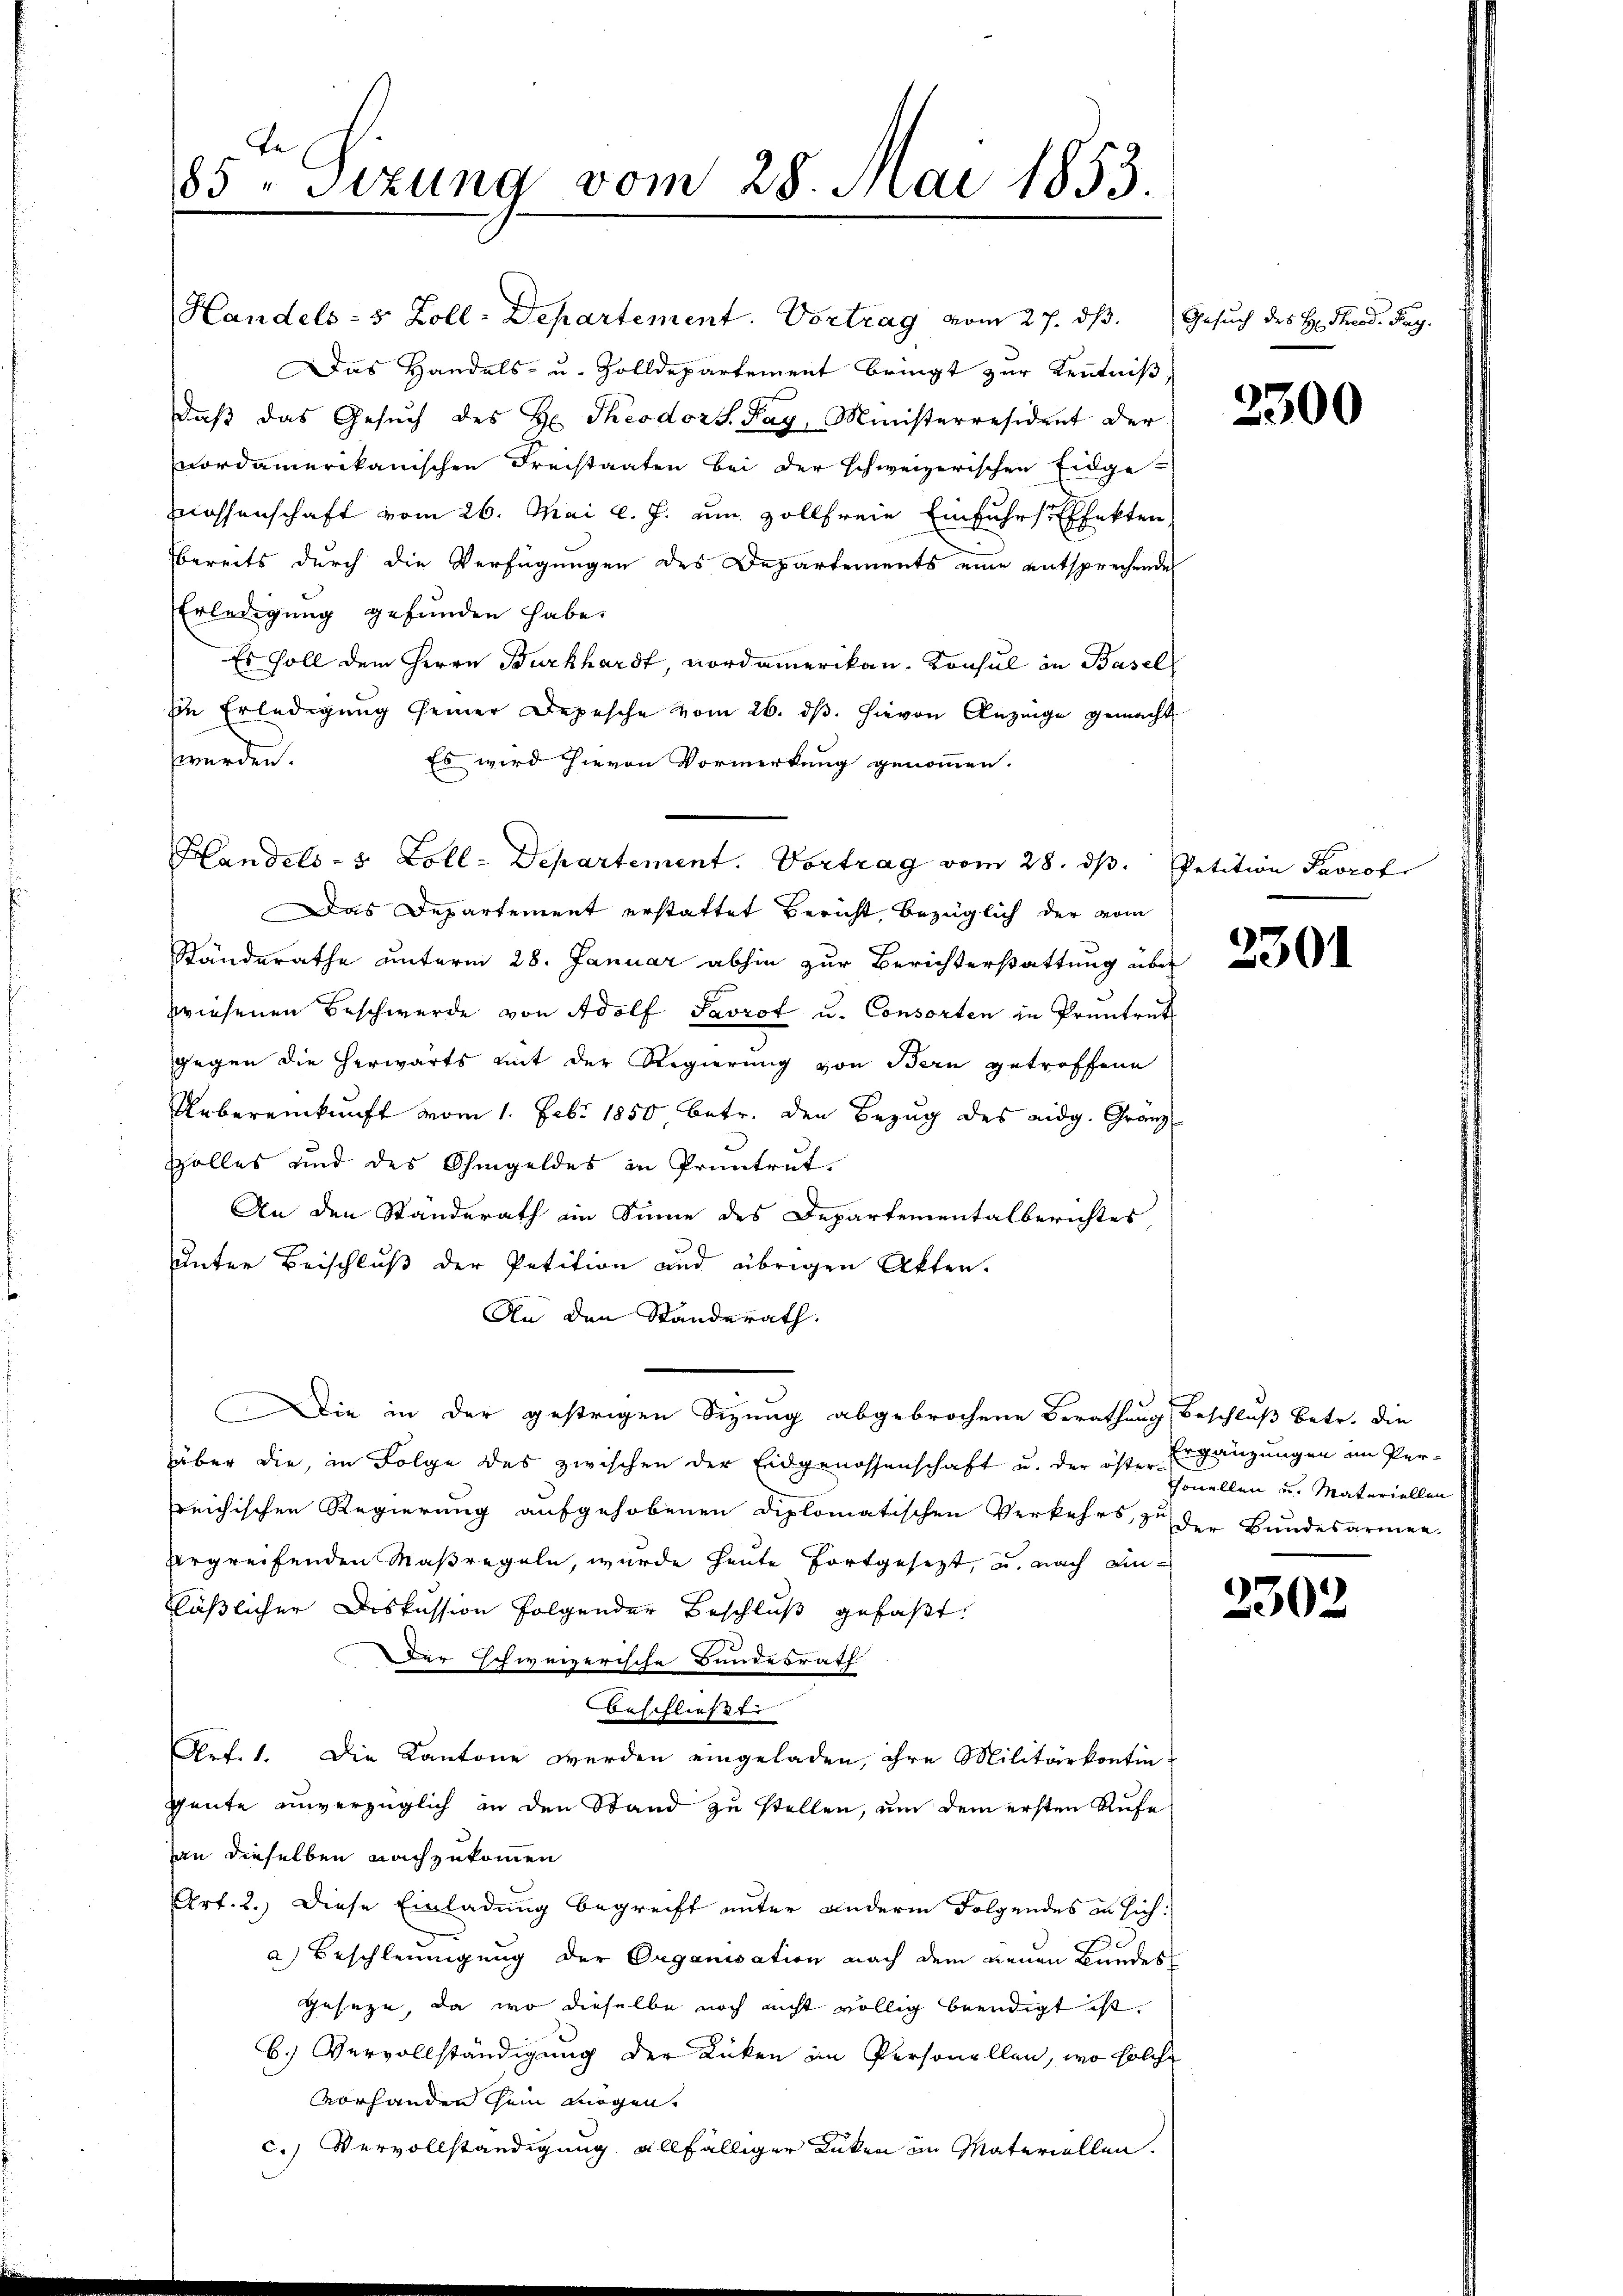
Te
85 " Sizung vom 28. Mai 1853.

Handels- 5 Zoll-Departement. Vortrag vom 27. ds. Gesuch des H. Theod. Pag.
Das Handels- u. Zolldepartement bringt zur Kenntniß
daβ das Gesŭch des H. Theodor S. Pay, Ministerresident der
nordamerikanischen Freistaaten bei der schweizerischen Eidge-
Mnossenschaft vom 26. Mai l. J. um vollfreie Einfuhrsffekten
bereits durch die Verfügungen des Departements eine entsprechende
Erledigung gefunden habe.
Es soll dem Herrn Burkhardt, nordamerikan. Konsul in Basel
Ein Erledigung seiner Depesche vom 26. dβ. hievon Anzeige gemacht
werden.
Es wird hievon Vormerkung genommen.
Das Departement erstattet Bericht, bezüglich der vom
Standerathe unterm 28. Januar abhin zur Berichterstattung über
zwiesenen Beschwerde von Adolf Savrot u. Consorten in Pruntrut
gegen die herwärts mit der Regierung von Bern getroffene
Uebereinkunft vom 1. Febr. 1850, betr. den Bezug des eidg. Granz
Zolles und des Ohmgeldes in Pruntrut.
An den Standerath ein Sinne des Departementalberichtes
unter Beischluß der Petition und übrigen Akten.
An den Standerath.
Die in der gestrigen Sizung abgebrochene Berathung Beschluß betr. die
über die, in Folge des zwischen der Eidgenossenschaft u. der öster-
reichischen Regierung aufgehobenen Diplomatischen Verkehrs, zu der Bundesarmen-
rgreifenden Maßregeln, wurde heute fortgesezt, u. nach Einläßlicher Diskussion folgender Beschluß gefaßt.
Der schweizerische Bundesrath
Beschliesstr
Ref. 1. Die Kantone werden eingeladen, ihre Militärkontin-
gente unverzüglich an den Stand zu stellen, um dem ersten Rufe
an dieselben nachzukommen
Art. 2.) Diese Einladung begreift unter andern Folgendes an sich:
a) Beschleunigung der Organisation nach dem neuen Bundes
geseze, da wo dieselbe noch nicht völlig beendigt ist.
B.) Vervollständigung der Rücken im Personellen, wo solche
vorhanden sein mögen.
c.) Vervollständigung allfälliger Rücken im Materiellen.

Handels- & Zoll-Departement. Vortrag vom 28. ds. Petition Proro

2300

2301

Ergänzungen im Per-
Tonellen u. Materiellen

2302